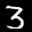
Label: 3